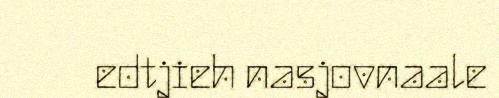
edtjieh nasjovnaale